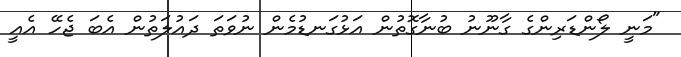
"މަނީ ލޯންޑަރިންގެ ގާނޫނު ބުނާގޮތުން އަޅުގަނޑުމެން ނުވަތަ ދައުލަތުން އެބަ ޖެހޭ އެއީ